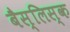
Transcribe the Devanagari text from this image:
बैस्लिस्क